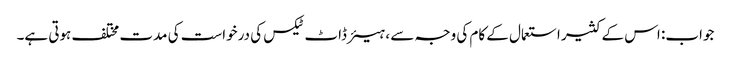
جواب: اس کے کثیر استعمال کے کام کی وجہ سے ، ہیئر ڈاٹ ٹیکس کی درخواست کی مدت مختلف ہوتی ہے۔